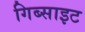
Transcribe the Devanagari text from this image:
गिब्साइट